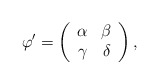
\begin{align*}\varphi' = \left(\begin{array}{cc}\alpha & \beta \\\gamma & \delta\end{array}\right), \end{align*}